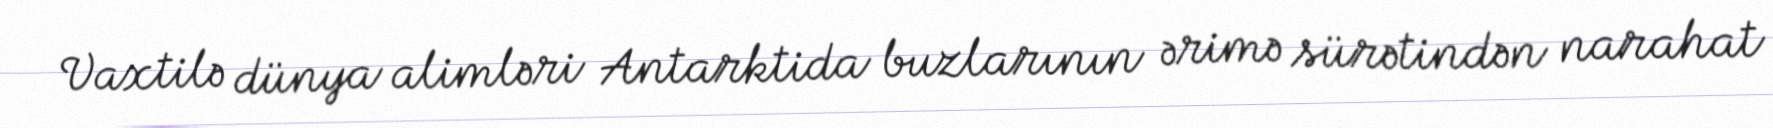
Vaxtilə dünya alimləri Antarktida buzlarının ərimə sürətindən narahat